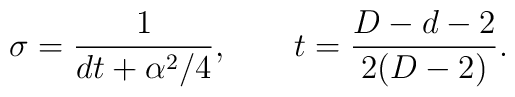
\sigma=\frac{1}{dt+\alpha^2/4},\qquad t=\frac{D-d-2}{2(D-2)}.